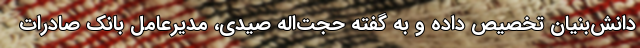
دانش‌بنیان تخصیص داده و به گفته حجت‌اله صیدی، مدیرعامل بانک صادرات